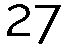
27